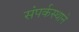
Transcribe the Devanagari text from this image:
संपर्कस्थाने